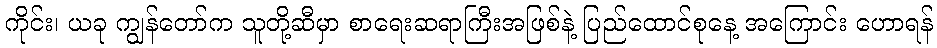
ကိုင်း၊ ယခု ကျွန်တော်က သူတို့ဆီမှာ စာရေးဆရာကြီးအဖြစ်နဲ့ ပြည်ထောင်စုနေ့ အကြောင်း ဟောရန်